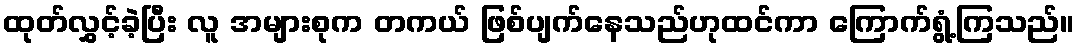
ထုတ်လွှင့်ခဲ့ပြီး လူ အများစုက တကယ် ဖြစ်ပျက်နေသည်ဟုထင်ကာ ကြောက်ရွံ့ကြသည်။